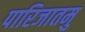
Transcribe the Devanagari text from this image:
पारिजातमु